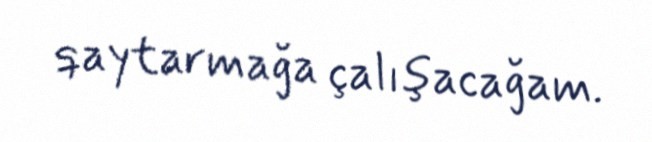
qaytarmağa çalışacağam.